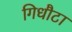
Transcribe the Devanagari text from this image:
गिधौटा